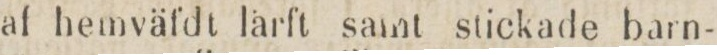
af hemväfdt lärft samt stickade barn-